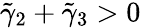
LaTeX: \tilde{\gamma}_{2}+\tilde{\gamma}_{3}>0